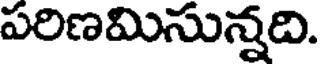
పరిణమిసున్నది.